Leaving Certificate Examination (including Day School Certificate (Higher) General paper), 1932
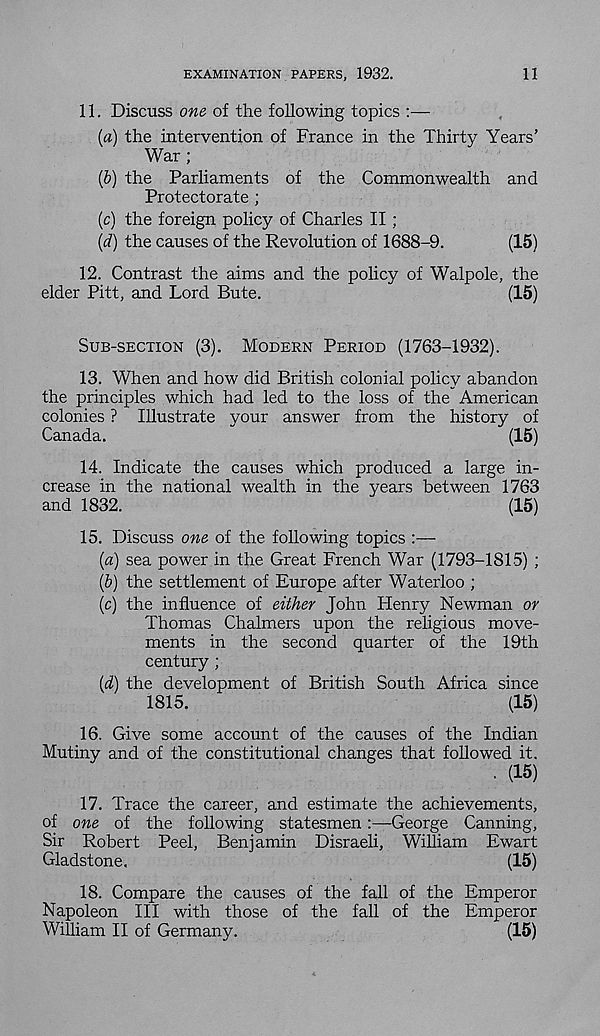
EXAMINATION PAPERS, 1932.
11
11. Discuss one of the following topics :—
(«) the intervention of France in the Thirty Years’
War;
(&) the Parliaments of the Commonwealth and
Protectorate ;
(c) the foreign policy of Charles II;
(d) the causes of the Revolution of 1688-9.
(15)
12. Contrast the aims and the policy of Walpole, the
elder Pitt, and Lord Bute.
(15)
SUB-SECTION (3). MODERN PERIOD (1763-1932).
13. When and how did British colonial policy abandon
the principles which had led to the loss of the American
colonies ? Illustrate your answer from the history of
Canada.
(15)
14. Indicate the causes which produced a large in-
crease in the national wealth in the years between 1763
and 1832.
(15)
15. Discuss one of the following topics :—
{a) sea power in the Great French War (1793-1815) ;
(b) the settlement of Europe after Waterloo ;
(c) the influence of either John Henry Newman or
Thomas Chalmers upon the religious move-
ments in the second quarter of the 19th
century ;
(d) the development of British South Africa since
1815.
(15)
16. Give some account of the causes of the Indian
Mutiny and of the constitutional changes that followed it.
. (15)
17. Trace the career, and estimate the achievements,
of one of the following statesmen:—George Canning,
Sir Robert Peel, Benjamin Disraeli, William Ewart
Gladstone.
(15)
18. Compare the causes of the fall of the Emperor
Napoleon III with those of the fall of the Emperor
William II of Germany.
(15)